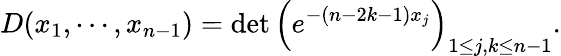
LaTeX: D(x_{1},\cdots,x_{n-1})=\operatorname*{det}\left(e^{-(n-2k-1)x_{j}}\right)_{1\le j,k\le n-1}.